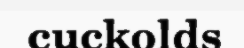
cuckolds